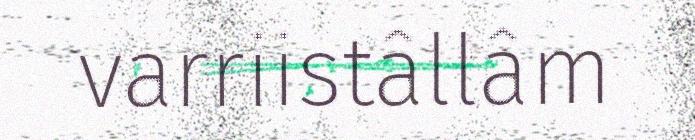
varriistâllâm